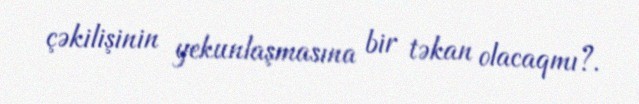
çəkilişinin yekunlaşmasına bir təkan olacaqmı?.